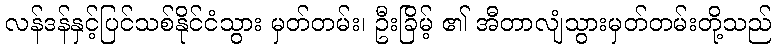
လန်ဒန်နှင့်ပြင်သစ်နိုင်ငံသွား မှတ်တမ်း၊ ဦးခြိမ့် ၏ အီတာလျံသွားမှတ်တမ်းတို့သည်